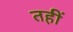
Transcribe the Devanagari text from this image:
तहीं